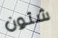
شئون